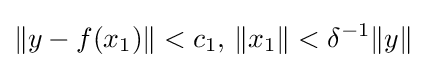
\|y-f(x_{1})\|<c_{1},\,\|x_{1}\|<\delta ^{-1}\|y\|